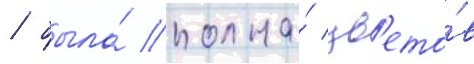
/ была́ полна́ цв'ето́в